Lunatic asylums in Bengal annual reports 1912-1924 - 1912-1924
Year: 1912
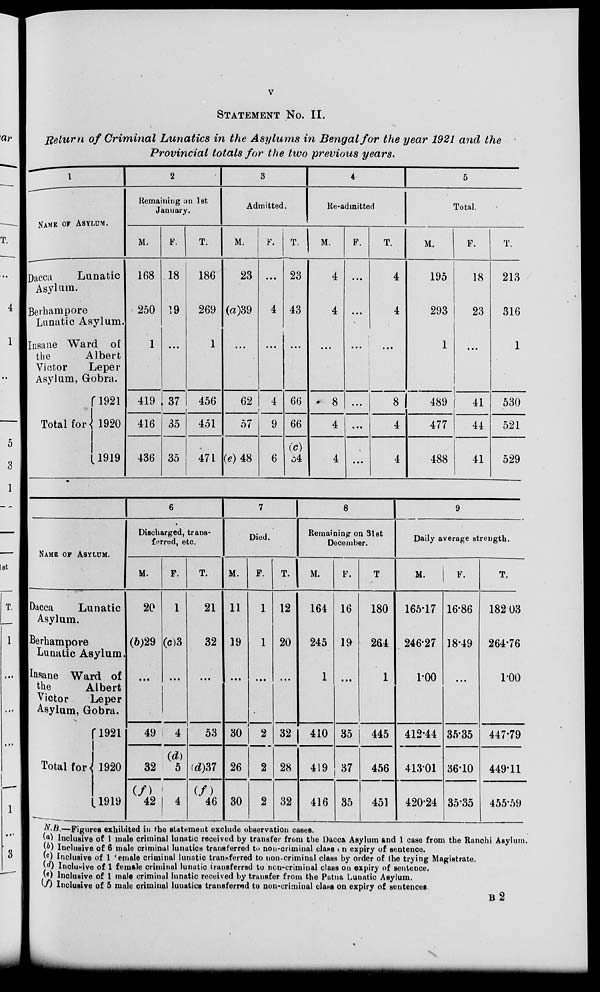
v
STATEMENT No. II.
Return of Criminal Lunatics in the Asylums in Bengal for the year 1921 and the
Provincial totals for the two previous years.
1
NAME OF ASYLUM.
Dacca
Lunatic
Asylum.
Berhampore
Lunatic Asylum.
Insane Ward of
the
Albert
Victor
Leper
Asylum, Gobra.
Total for
1921
1920
1919
2
Remaining on 1st
January.
M.
168
250
1
419
416
436
F.
18
19
...
37
35
35
T.
186
269
1
456
451
471
3
Admitted.
M.
23
(a)39
...
62
57
(e)48
F.
...
4
...
4
9
6
T.
23
43
...
66
66
(c)
54
4
Re-admitted
M.
4
4
...
8
4
4
F.
...
...
...
...
...
...
T.
4
4
...
8
4
4
5
Total.
M.
195
293
1
489
477
488
F.
18
23
...
41
44
41
T.
213
316
1
530
521
529
NAME OF ASYLUM.
Dacca
Lunatic
Asylum.
Berhampore
Lunatic Asylum.
Insane Ward of
the
Albert
Victor
Leper
Asylum, Gobra.
Total for
1921
1920
1919
6
Discharged, trans-
ferred, etc.
M.
20
(b)29
...
49
32
(f)
42
F.
1
(c)3
...
4
(d)
5
4
T.
21
32
...
53
(d)37
(f)
46
7
Died.
M.
11
19
...
30
26
30
F.
1
1
...
2
2
2
T.
12
20
...
32
28
32
8
Remaining on 3lst
December.
M.
164
245
1
410
419
416
F.
16
19
...
35
37
35
T.
180
264
1
445
456
451
9
Daily average strength.
M.
165.17
246.27
100
412.44
413.01
420.24
F.
16.86
18.49
...
35.35
36.10
35.35
T.
182.03
264.76
100
447.79
449.11
455.59
N.B.—Figures exhibited in the statement exclude observation cases.
(a) Inclusive of 1 male criminal lunatic received by transfer from the Dacca Asylum and 1 case from the Ranchi Asylum.
(b) Inclusive of 6 male criminal lunatics transferred to non-criminal class on expiry of sentence.
(c) Inclusive of 1 female criminal lunatic transferred to non-criminal class by order of the trying Magistrate.
(d) Inclusive of 1 female criminal lunatic transferred to non-criminal class on expiry of sentence.
(e) Inclusive of 1 male criminal lunatic received by transfer from the Patna Lunatic Asylum.
(f) Inclusive of 5 male criminal lunatics transferred to non-criminal class on expiry of sentences
B 2